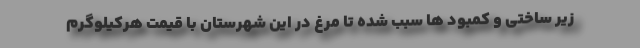
زیر ساختی و کمبود ها سبب شده تا مرغ در این شهرستان با قیمت هرکیلوگرم